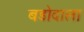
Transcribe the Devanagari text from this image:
बडोदाला